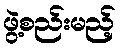
ဖွဲ့စည်းမည့်